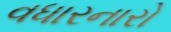
વધારનારો